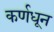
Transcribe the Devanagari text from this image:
कर्णधून